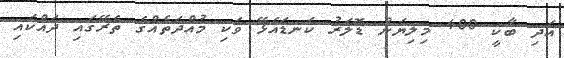
އަދި ބާކީ 400 މިލިޔަން ޑޮލަރު ކަނޑައެޅޭ ވަކި މުއްދަތެއްގެ ތެރޭގައި ދައްކައި